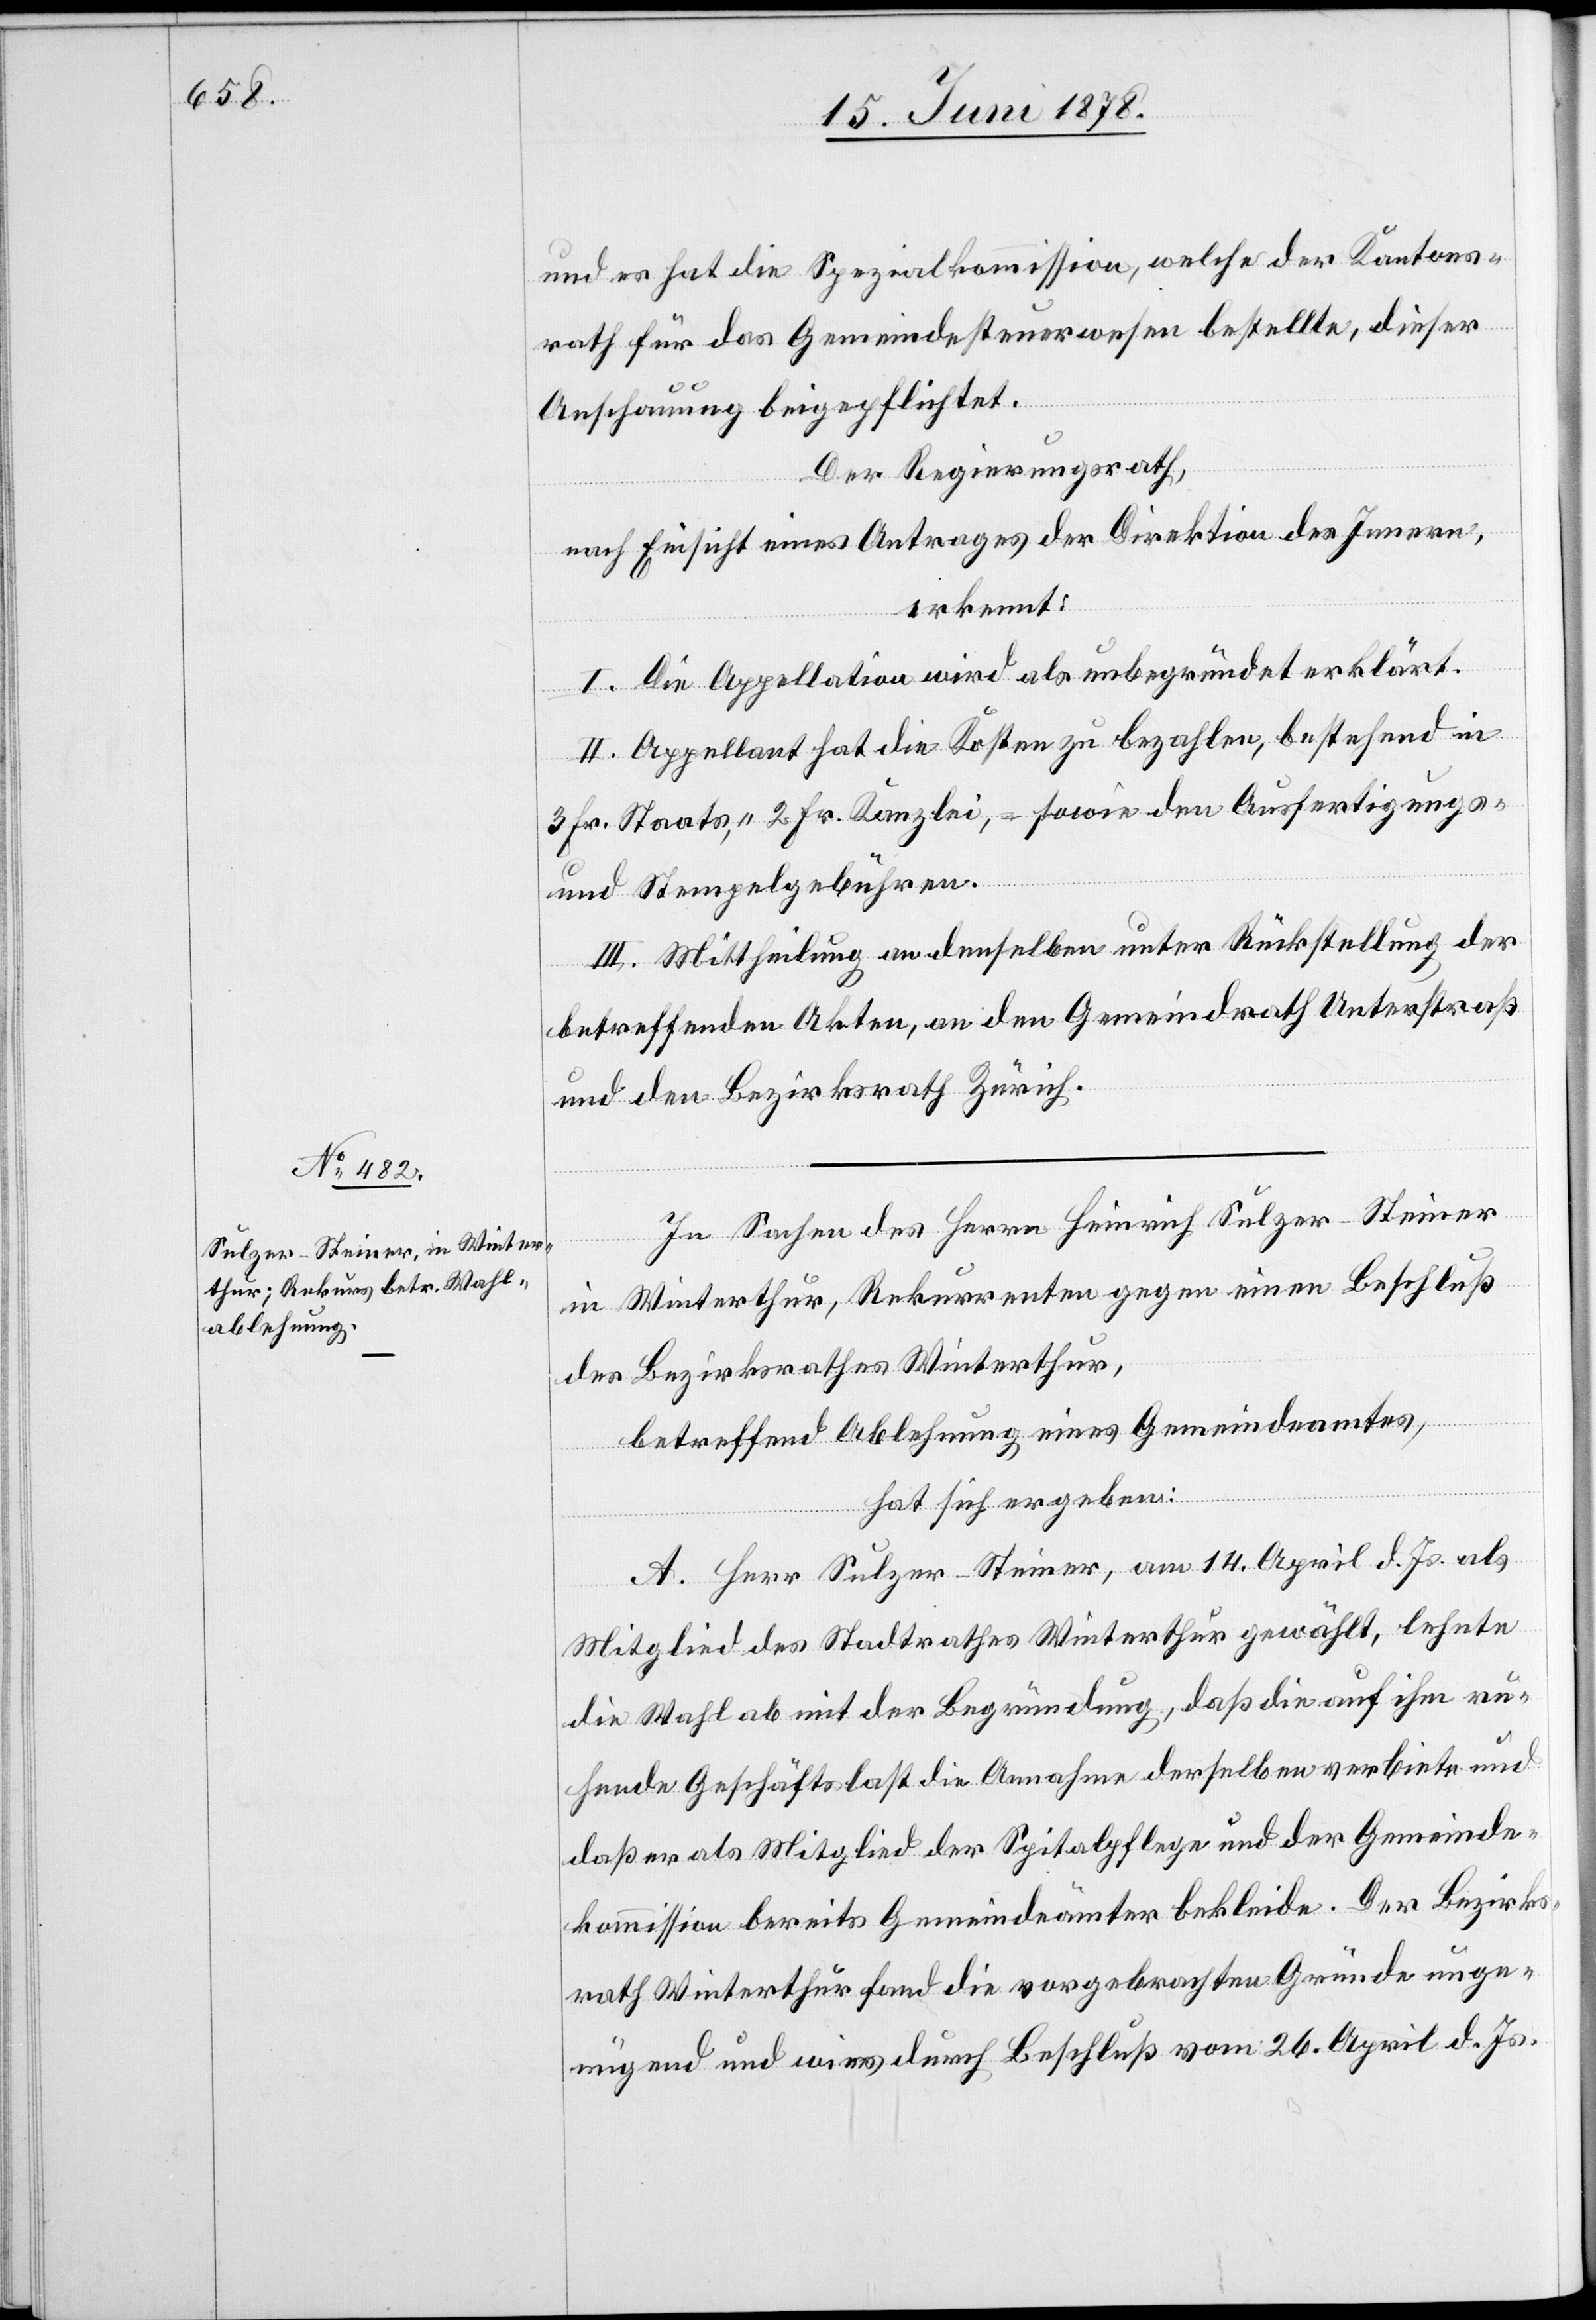
und es hat die Spezialkommission, welche der Kantons¬
rath für das Gemeindesteuerwesen bestellte, dieser
Anschauung beigepflichtet.
Der Regierungsrath,
nach Einsicht eines Antrages der Direktion des Innern,
erkennt:
I. Die Appellation wird als unbegründet erklärt.
II. Appellant hat die Kosten zu bezahlen, bestehend in
3 Fr. Staats-, 2 Fr. Kanzlei-, sowie den Ausfertigungs-
und Stempelgebühren.
III. Mittheilung an denselben unter Rückstellung der
betreffenden Akten, an den Gemeindrath Unterstraß
und an den Bezirksrath Zürich.
In Sachen des Herrn Heinrich Sulzer-Steiner
in Winterthur, Rekurrenten gegen einen Beschluß
des Bezirksrathes Winterthur,
betreffend Ablehnung eines Gemeindeamtes,
hat sich ergeben:
A. Herr Sulzer-Steiner, am 14. April d. Js. als
Mitglied des Stadtrathes Winterthur gewählt, lehnte
die Wahl ab mit der Begründung, daß die auf ihm ru¬
hende Geschäftslast die Annahme derselben verbiete und
daß er als Mitglied der Spitalpflege und der Gemeinde¬
kommission bereits Gemeindeämter bekleide. Der Bezirks¬
rath Winterthur fand die vorgebrachten Gründe unge¬
nügend und wies durch Beschluß vom 26. April d. Js.